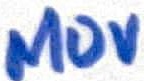
Text: MOV